画像に写った文字を読んでください
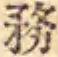
「務」と書いてあります